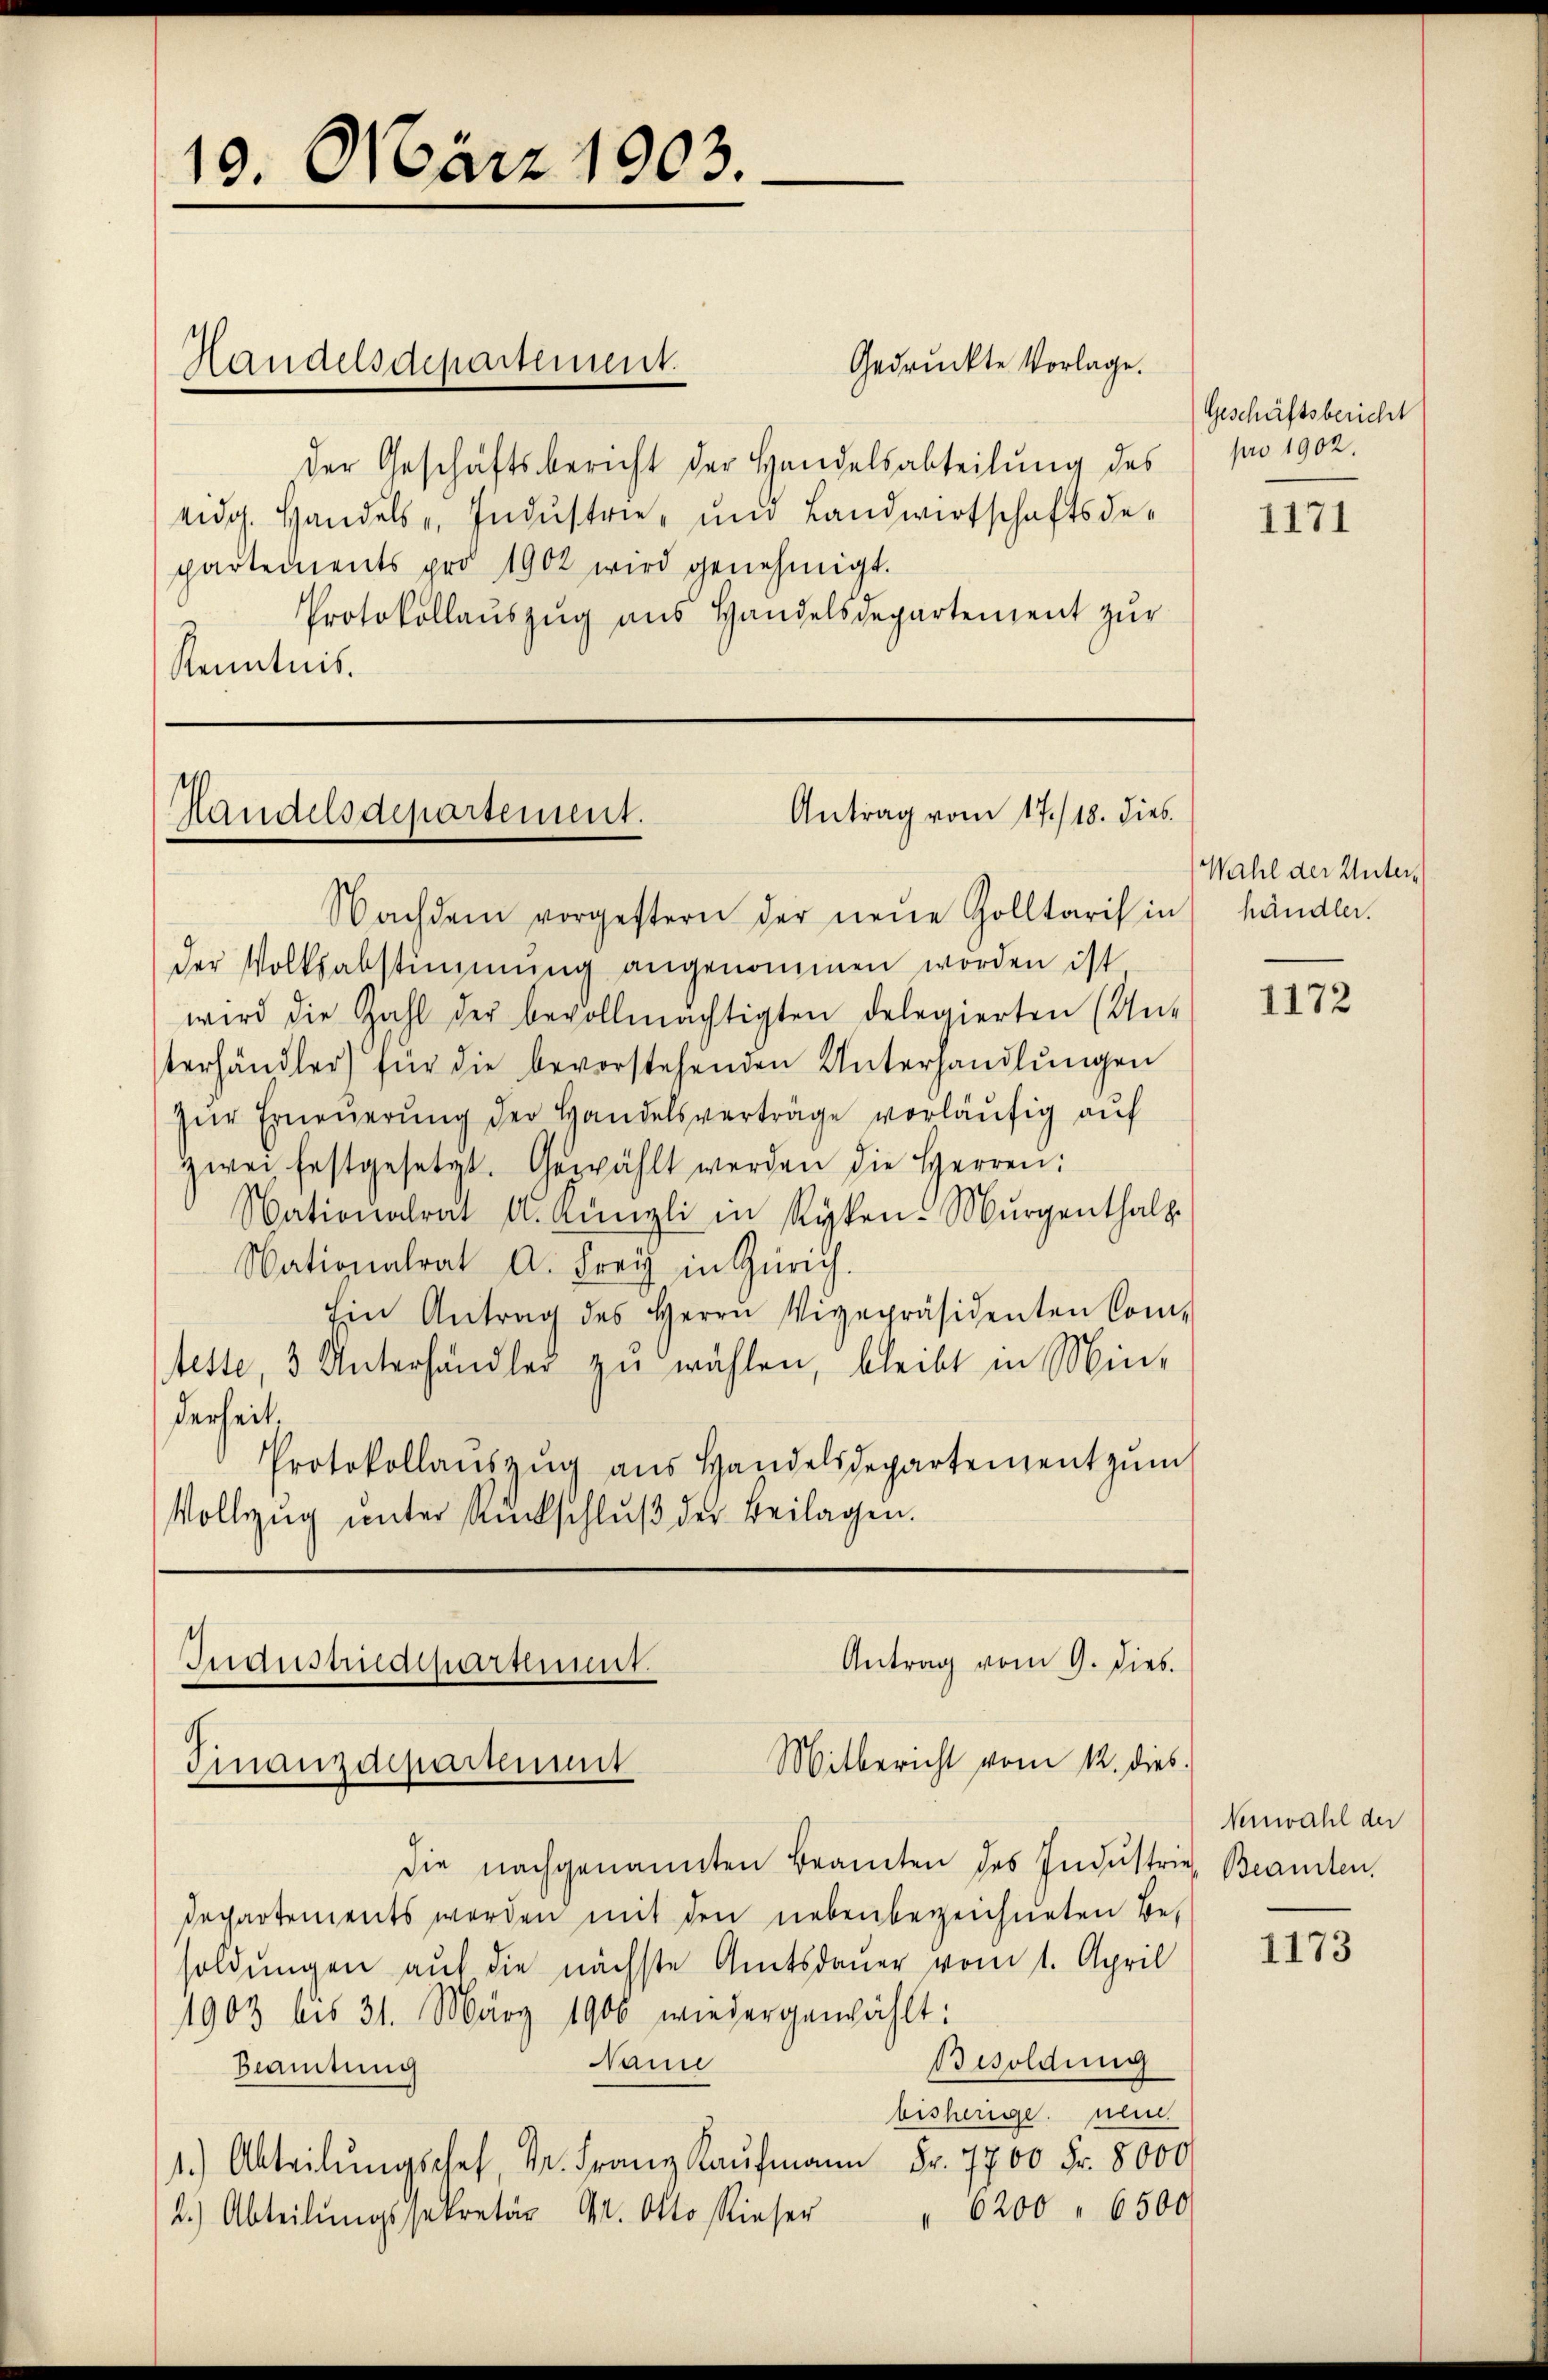
19. März 1903.

der Geschäftsbericht der Handelsabteilŭng des pro 1902.
eidg. Handels, Industrie- und Landwirtschaftsdepartements pro 1902 wird genehmigt.
Protokollaŭszŭg ans Handelsdepartement zŭr
Kenntnis.

Handelsdepartement.

Antrag vom 17./18. dies
Handelsdepartement.

Antrag vom 9. Dieb.
Industriedikarsinnt.
Mitbericht vom 12. dies
Finanzdepartemmt

Gedruckte Vorlage.

Geschäftsbericht

Nachdem vorgestern der neue Golltarisin händen.
der Volksabstimmung angenommen worden ist
wird die Zahl der bevollmächtigten delegierten (An-
terhändler) für die bevorstehenden Unterhandlŭngen
zŭr Erneŭerŭng der Handelsverträge vorläŭfig auf
zwei festgesetzt. Gewählt werden die Herren:
Nationalrat u. Künzli in Ryken. Murgenthalp.
Nationalrat A. Frey in Zürich.
Ein Antrag des Herrn Vizepräsidenten Com-
tette, 3. Unterhändler zŭ wählen, bleibt in Min-
derheit.
Protokollaŭszŭg ans Handelsdepartement zŭm
Vollzug unter Rutschlŭβ der Beilagen.

die nachgenannten Beamten des Industrie, Beamten.
Departements werden mit den nebenbezeichneten Be-
oldungen auf die nächste Amtsdauer vom 1. April
1903 bis 31. März 1906 wiedergewählt:
Besoldung
Panne
Beamtung
bisherige neu
1.) Abteilŭngsche Dr. Franz Kaŭfmann Fr. 7700 Fr. 8000
" 6200 " 6500
2.) Abteilŭngssekretär Mr. Otto Kieser

1171

Wahl der Unter¬

1172

Nenwahl der

1173